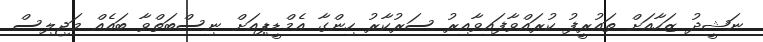
ނަޝީދު ޒަހާއަށް ތައުރީފު ކުރައްވާފައިވާއިރު ސަރުކާރު ހިންގާ އެމްޑީޕިއަށް ނިސްބަތްވާ ބައެއް މަޖިލިސް